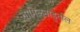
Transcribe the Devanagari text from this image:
तामिळनाडुतील